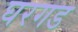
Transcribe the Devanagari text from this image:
घरगड